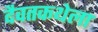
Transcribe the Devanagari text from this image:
दैवतकथेला